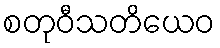
စတုဝီသတိယေဝ